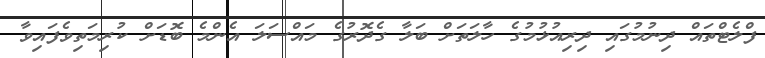
ފްލެޓްތައް ދިނުމުގައި ދިރިއުޅުމުގެ ހާލަތަށް ބަލާ ގެދޮރުގެ މައްސަލަ އެންމެ ބޮޑަށް ކުރިމަތިވެފައިވާ